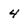
Character: 4